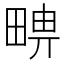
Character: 𤲦